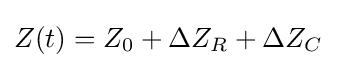
Z(t)=Z_{0}+\Delta Z_{R}+\Delta Z_{C}